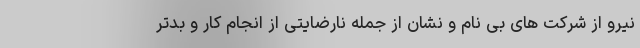
نیرو از شرکت های بی نام و نشان از جمله نارضایتی از انجام کار و بدتر